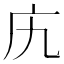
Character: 𫷥